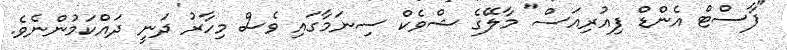
"ފާސްޓް އެންޑް ފިއުރިއަސް" މާލޭގެ ޝްވެކް ސިނަމާގައި ވެސް މިހާރު ދަނީ ދައްކަމުންނެވެ.